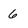
Character: 6